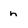
Character: n